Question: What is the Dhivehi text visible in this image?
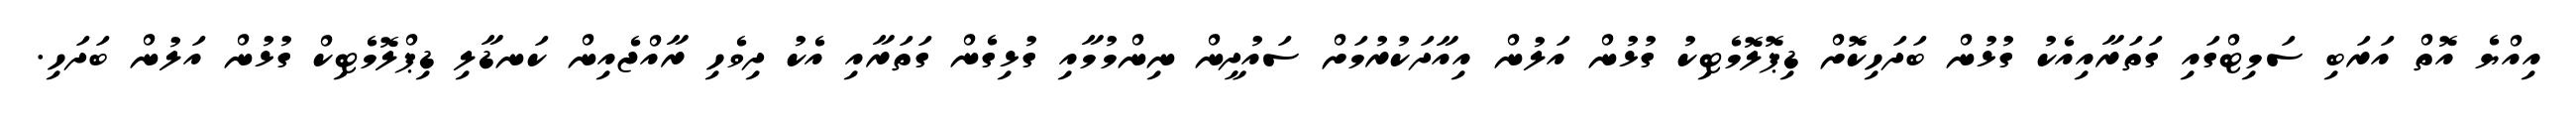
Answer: އިއްޔެ އޮތް އަރަބި ސަމިޓްގައި ގަތަރާއިއެކު ގުޅުން ބަދަހިކޮށް ޑިޕޮލޮމެޓިކު ގުޅުން އަލުން އިއާދަކުރުމަށް ސައުދީން ނިންމުމާއި ގުޅިގެން ގަތަރާއި އެކު ދިވެހި ރާއްޖެއިން ކަނޑާލި ޑިޕްލޮމެޓިކް ގުޅުން އަލުން ބަދަހި.